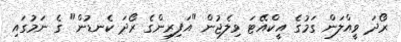
ރޯދަ ވީއްލަން ގަމުގެ އީކްއޭޓަ ވިލެޖުން "އަފިރިންގެ ރޯދަ ކެނޑުން" ގެ ނަމުގައި